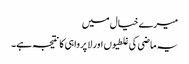
میرے خیال میں
یہ ماضی کی غلطیوں اور لا پرواہی کا نتیجہ ہے۔